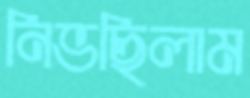
নিভছিলাম